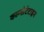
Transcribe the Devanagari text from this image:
कान्सेटेटाइन